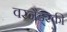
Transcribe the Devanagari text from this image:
वरनैड्स्की